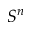
S ^ { n }